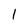
Character: 1